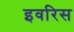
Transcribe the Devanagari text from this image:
इवरिस